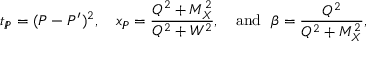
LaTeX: t _ { I \! \! P } = ( P - P ^ { \prime } ) ^ { 2 } , ~ ~ ~ x _ { I \! \! P } = \frac { Q ^ { 2 } + M _ { X } ^ { 2 } } { Q ^ { 2 } + W ^ { 2 } } , ~ ~ ~ \mathrm { a n d } ~ ~ \beta = \frac { Q ^ { 2 } } { Q ^ { 2 } + M _ { X } ^ { 2 } } ,